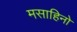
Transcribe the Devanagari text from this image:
मसाहिनो